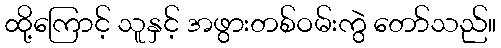
ထို့ကြောင့် သူနှင့် အဖွားတစ်ဝမ်းကွဲ တော်သည်။